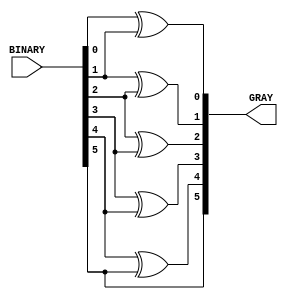
`timescale 1ns / 1ps

module binary2gray
    #(parameter length = 6)
    (
    input      [length-1:0] BINARY,
    output reg [length-1:0] GRAY
    );

integer i;
    
always@(BINARY) begin
    GRAY[length-1] = BINARY[length-1];
    for(i=0;i<=length-2;i=i+1) GRAY[i] = BINARY[i] ^ BINARY[i+1];
end
    
endmodule